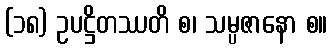
(၁၈) ဥပဋ္ဌိတဿတိ စ၊ သမ္ပဇာနော စ။